Civil Veterinary Department. Madras. Admin. report 1910-25 - 1910-1925
Year: 1910
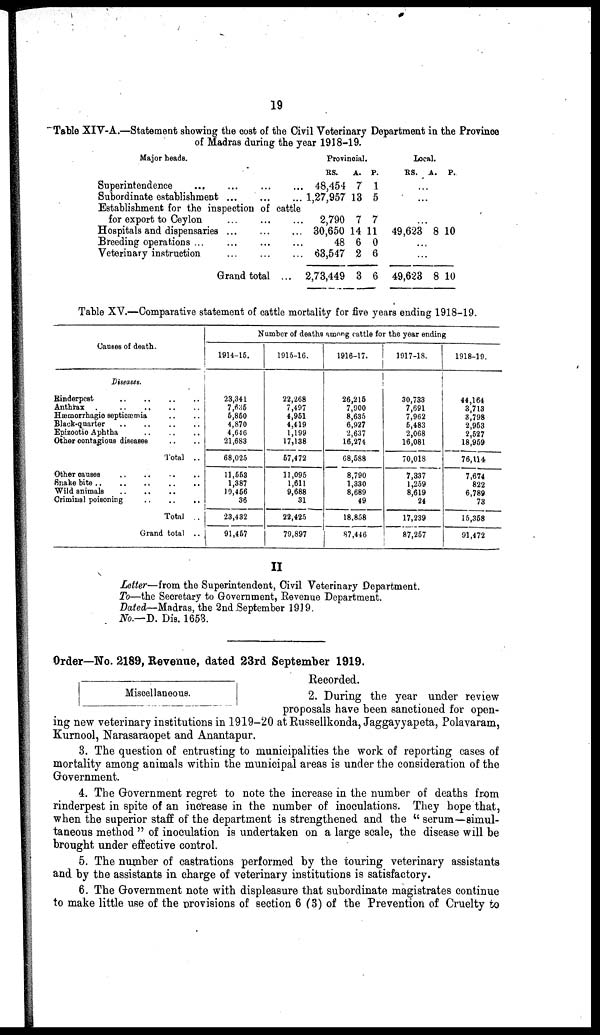
19
Table XIV-A.—Statement showing the cost of the Civil Veterinary Department in the Province
of Madras during the year 1918-19.
Major heads.
Superintendence ... ... ... ...
Subordinate establishment ... ... ...
Establishment for the inspection of cattle
for export to Ceylon ... ... ...
Hospitals and dispensaries ... ... ...
Breeding operations ... ... ... ...
Veterinary instruction ... ... ...
Grand total ...
Provincial.
RS.
A. P.
48,454 7 1
1,27,957 13 5
2,790 7 7
30,650 14 11
48 6 0
63,547 2 6
2,73,449 3 6
Local.
RS. A. P.
...
...
...
49,623 8 10
...
...
49,623 8 10
Table XV.—Comparative statement of cattle mortality for five years ending 1918-19.
Causes of death.
Diseases.
Rinderpest .. .. .. ..
Anthrax .. .. .. .. ..
Hæmorrhagic septicæmia .. ..
Black-quarter .. .. .. ..
Epizootic Aphtha .. .. ..
Other contagious diseases .. ..
Total ..
Other causes .. .. .. ..
Snake bite .. .. .. ..
Wild animals
..
..
Criminal poisoning
..
..
..
Total ..
Grand total ..
Number of deaths among cattle for the year ending
1914-15.
23,341
7,686
5,850
4,870
4,6-16
21,683
68,025
11,553
1,387
10,456
36
23,432
91,457
1915-16.
22,268
7,497
4,951
4,419
1,199
17,138
57,472
11,095
1,611
9,688
31
22,425
79,897
1916-17.
26,215
7,900
8,635
6,927
2,637
16,274
68,588
8,790
1,330
8,689
49
18,858
87,446
1917-18.
30,733
7,691
7,962
5,483
2,068
16,081
70,018
7,337
1,259
8,619
24
17,239
87,257
1918-19.
44,164
3,713
3,798
2,953
2,527
18,959
76,114
7,674
822
6,789
73
15,358
91,472
II
Letter—from the Superintendent, Civil Veterinary Department.
To—the Secretary to Government, Revenue Department.
Dated—Madras, the 2nd September 1919.
No.—D. Dis. 1653.
Order—No. 2189, Revenue, dated 23rd September 1919.
Recorded.
Miscellaneous.
2. During the year under review
proposals have been sanctioned for open-
ing new veterinary institutions in 1919-20 at Russellkonda, Jaggayyapeta, Polavaram,
Kurnool, Narasaraopet and Anantapur.
3. The question of entrusting to municipalities the work of reporting cases of
mortality among animals within the municipal areas is under the consideration of the
Government.
4. The Government regret to note the increase in the number of deaths from
rinderpest in spite of an increase in the number of inoculations. They hope that,
when the superior staff of the department is strengthened and the "serum—simul-
taneous method" of inoculation is undertaken on a large scale, the disease will be
brought under effective control.
5. The number of castrations performed by the touring veterinary assistants
and by the assistants in charge of veterinary institutions is satisfactory.
6. The Government note with displeasure that subordinate magistrates continue
to make little use of the provisions of section 6 (3) of the Prevention of Cruelty to